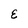
Character: E